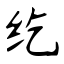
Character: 纥